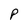
Character: P